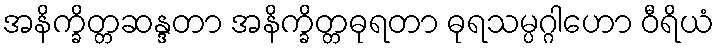
အနိက္ခိတ္တဆန္ဒတာ အနိက္ခိတ္တဓုရတာ ဓုရသမ္ပဂ္ဂါဟော ဝီရိယံ